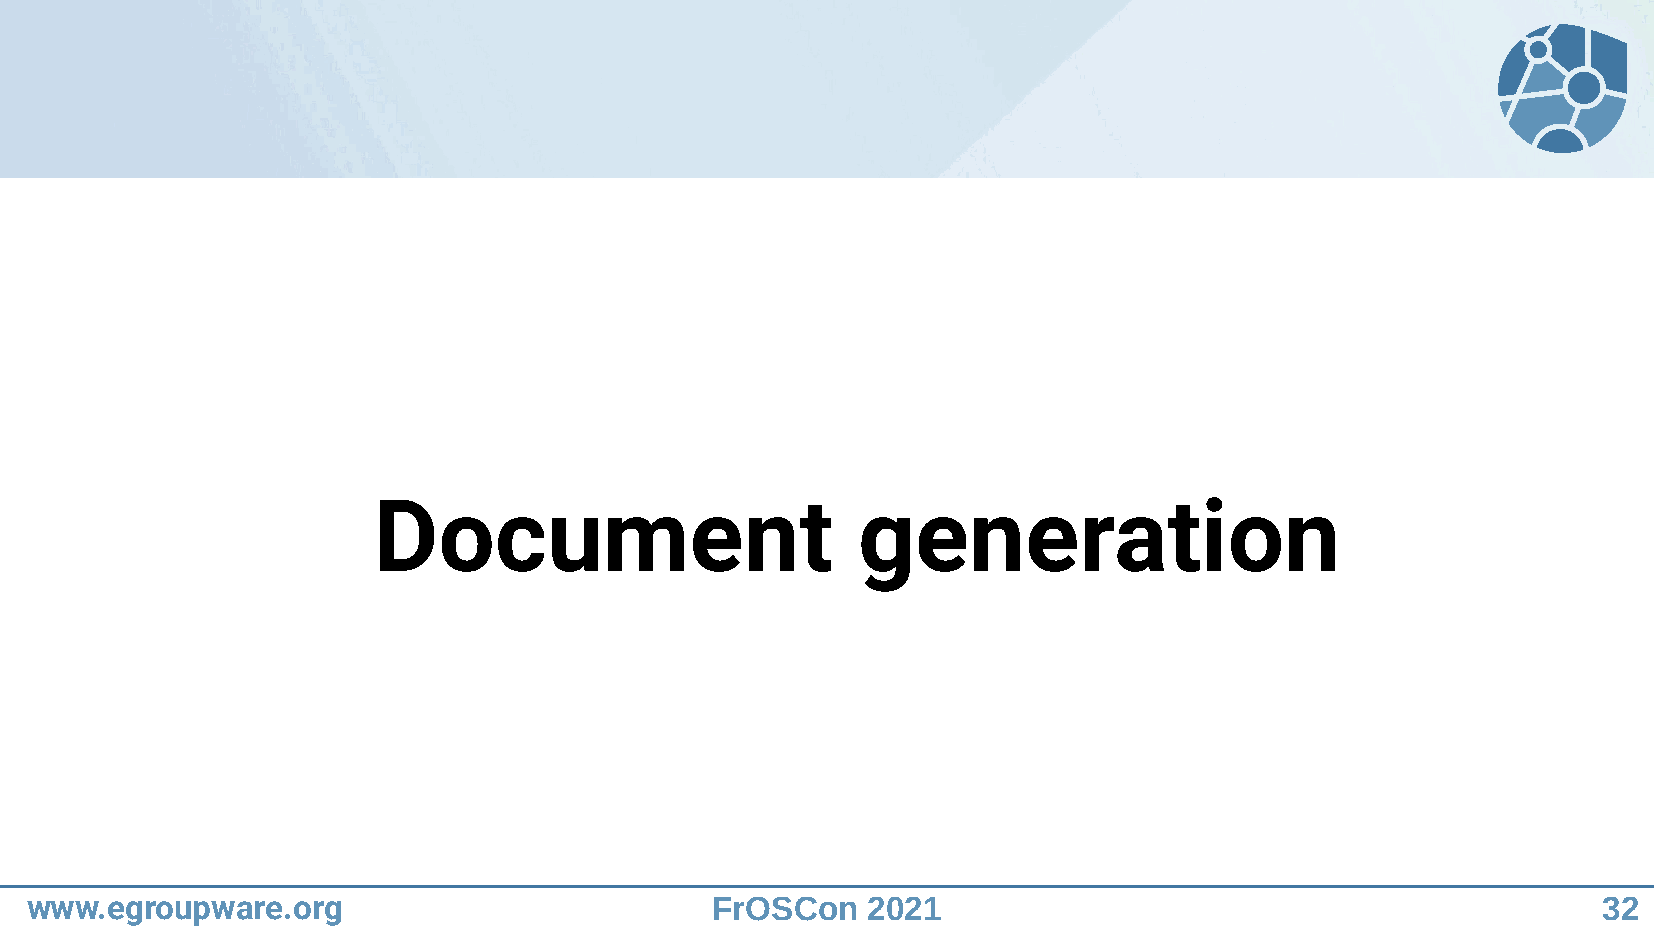
Document                        generation
 www.egroupware.org                           FrOSCon   2021                                             32